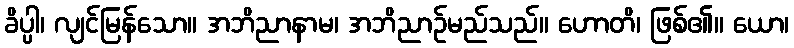
ခိပ္ပါ၊ လျင်မြန်သော။ အဘိညာနာမ၊ အဘိညာဉ်မည်သည်။ ဟောတိ၊ ဖြစ်၏။ ယော၊